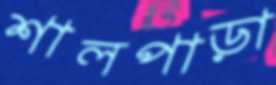
শালপাড়া